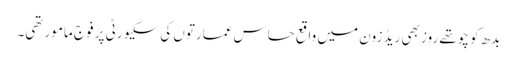
بدھ کو چوتھے روز بھی ریڈ زون میں واقع حساس عمارتوں کی سکیورٹی پر فوج مامور تھی۔